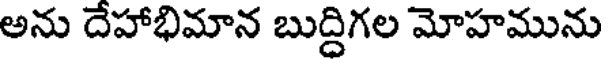
అను దేహాభిమాన బుద్దిగల మోహమును